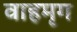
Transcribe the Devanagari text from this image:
वाहमृग